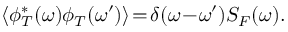
\langle \phi _ { T } ^ { * } ( \omega ) \phi _ { T } ( \omega ^ { \prime } ) \rangle \! = \! \delta ( \omega \! - \! \omega ^ { \prime } ) S _ { F } ( \omega ) .